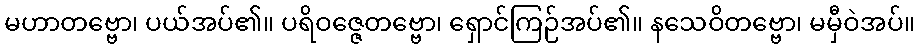
မဟာတဗ္ဗော၊ ပယ်အပ်၏။ ပရိဝဇ္ဇေတဗ္ဗော၊ ရှောင်ကြဉ်အပ်၏။ နသေဝိတဗ္ဗော၊ မမှီဝဲအပ်။